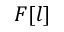
F [ l ]